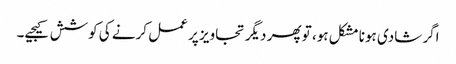
اگر شادی ہونا مشکل ہو، تو پھر دیگر تجاویز پر عمل کرنے کی کوشش کیجیے۔